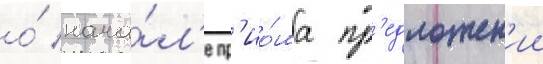
о́ нача́л'е пр'ио́ма пр'едложен'ии